Bréfritari: Þórunn Pálsdóttir
Viðtakandi: Páll Pálsson
Dagsetning: A-1819-06-16
Skrifað á: Hallfreðarstöðum  N-Múl.
Páll var bróðir Þórunnar

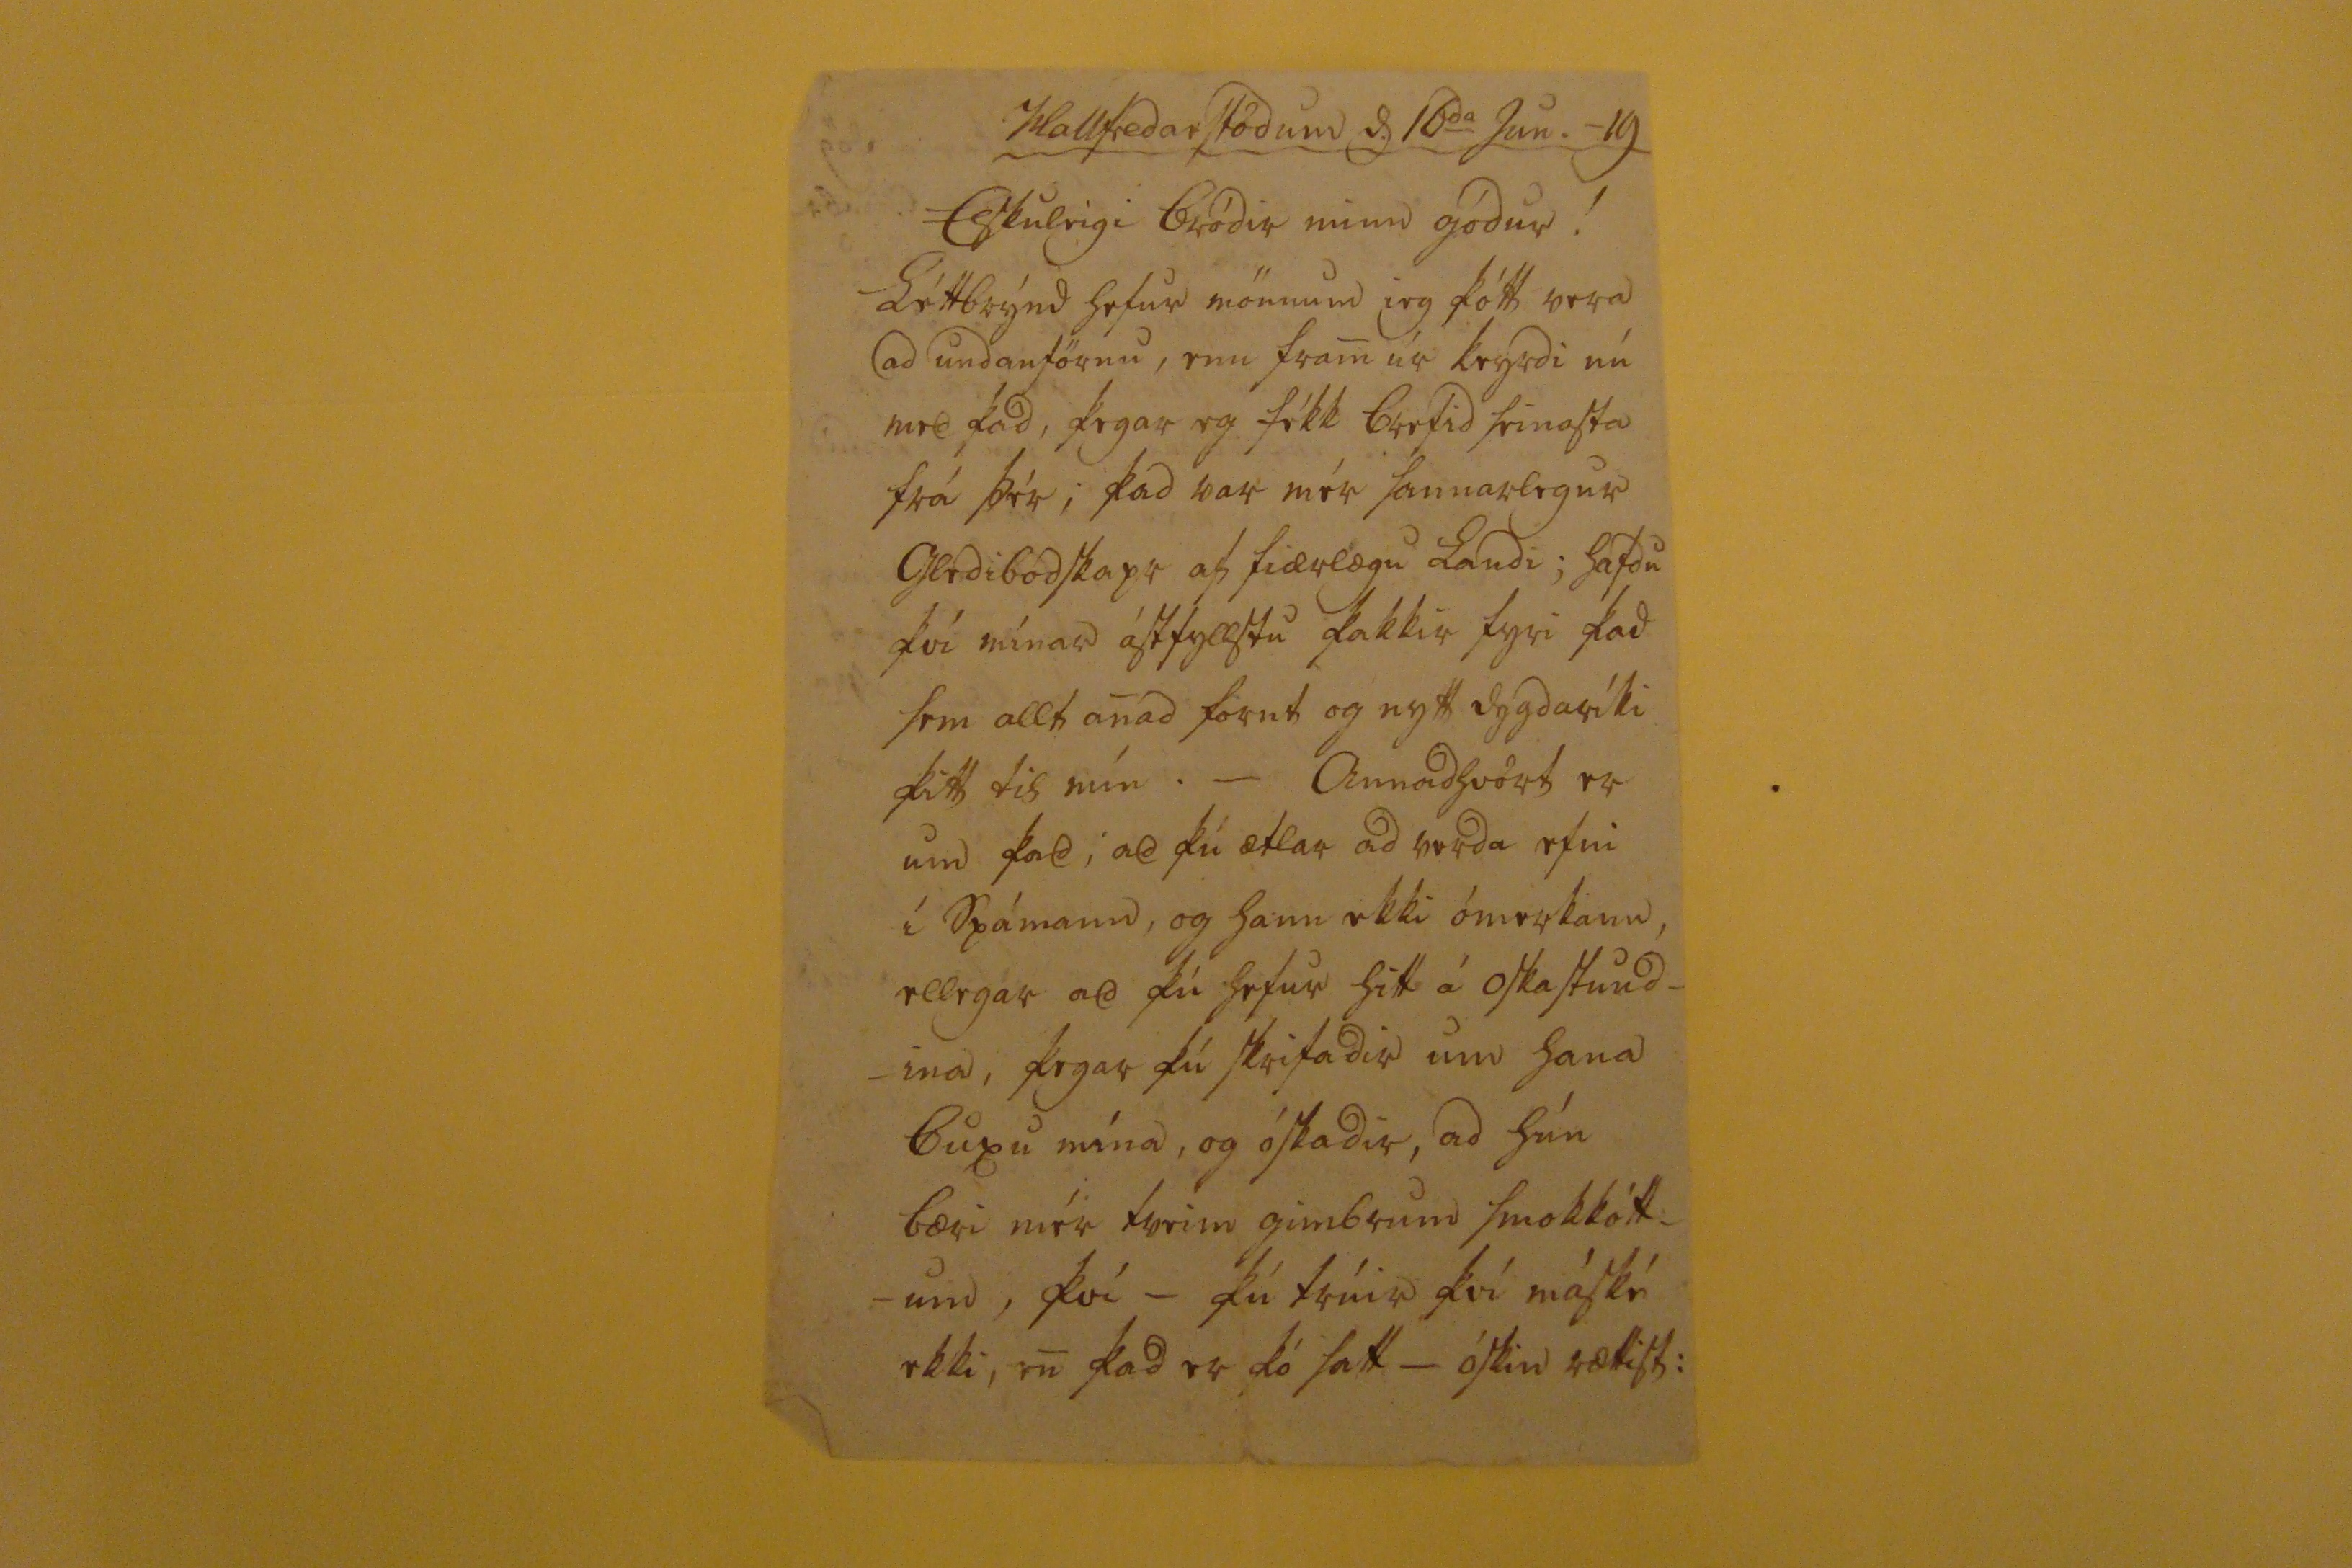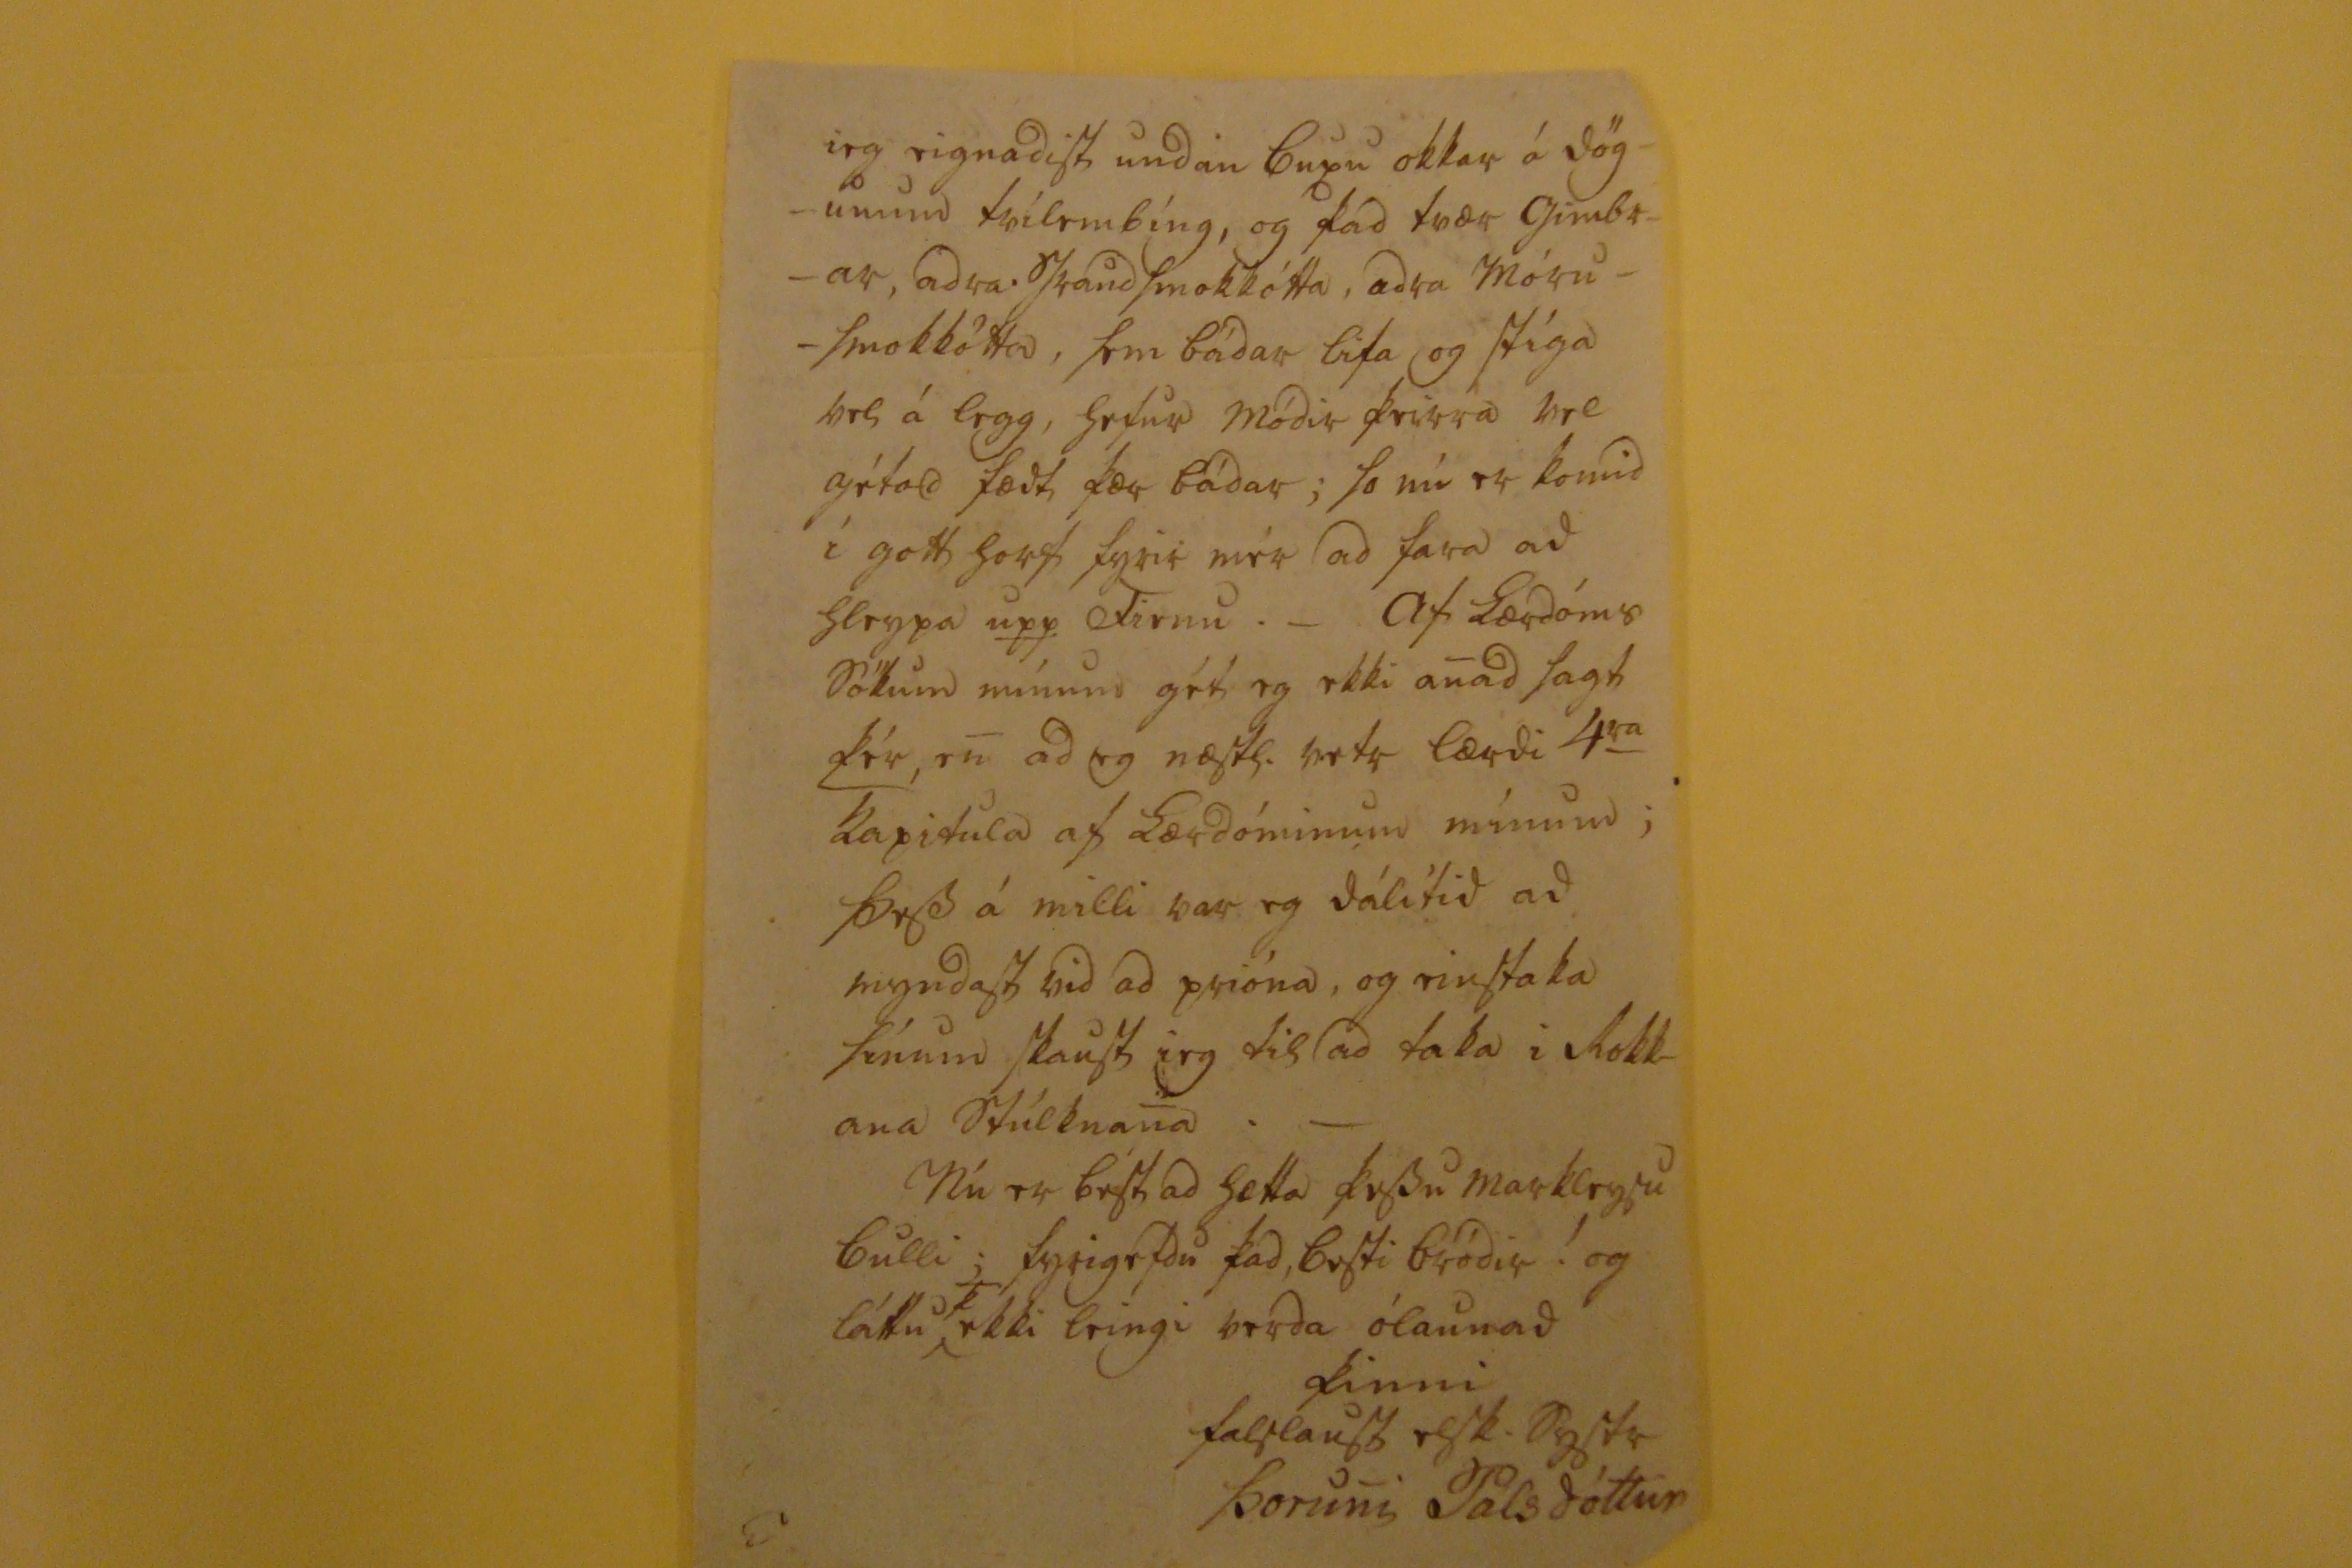

Hallfredarstödum d 16
da
Jun. -19
Elskuleigi bródir minn gódur !
Léttbrýnd
hefur mönnum ieg þótt vera ad undanförnu, enn fram úr keyrdi nú
med
þad, þegar eg fékk brefid seinasta frá þér ; þad var mér sannarlegur gledibodskapr af
fiærlægu landi
; hafdu því mínar ástfyllstu þakkir fyri þad sem allt anad fornt og nytt dygdaríki þitt til mín. _ Annadhvört er um þad ; ad þú ætlar ad verda efni í spámann, og hann ekki ómerkann ellegar ad þú hefur hitt á Oskastund- -ina, þegar þú skrifadir um hana
Buxu
mína, og óskadir, ad hún bæri mér tveim gimbrum smokkótt- -ann, því, - þú trúir því máské ekki, en þad er þó satt_ óskin rættist;
ieg eignadist undan Buxu okkar á dög- -unum tvílembíng, og þad tvær gimbr- -ar, adra
s
sraudsmokkótta
, adra Móru- -smokkötta, sem bádar lifa og stíga vel á legg, hefur Módir þeirra vel gétad fædt þær bádar ; so nú er komid í gott horf fyrir mér ad fara ad hleypa
upp
Fienu
. _ Af lærdóms sökum mínum gét eg ekki anad sagt
þér
, en ad eg
n000
. vetr lærdi 4
ra
kapitula af lærdóminum mínum ; þess á milli var eg dálítid ad myndast vid ad prióna, og einstaka sínum skaust ieg til ad taka i Rokk- ana stúlknana. _ Nú er best ad hætta þessu markleysu bulli
;
fyrigefdu þad, besti bródir ! og láttu ekki leingi verda ólaunad
þinni
halflausu elsk. systr
Þoruni Palsdóttur